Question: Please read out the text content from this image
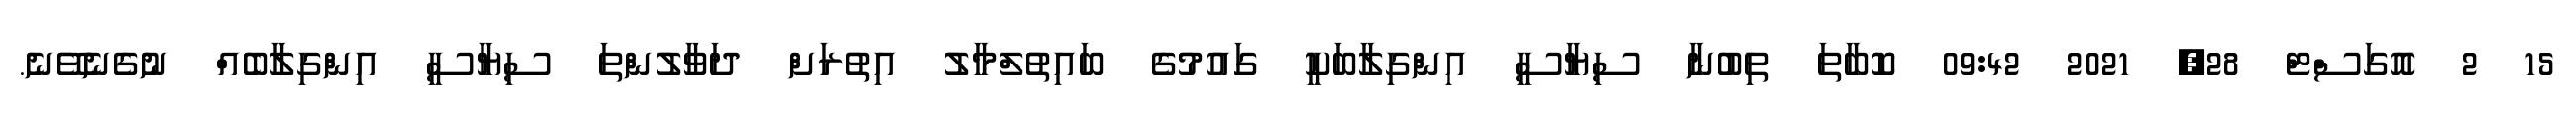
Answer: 15 2 އޮގަސްޓް 28, 2021 09:42 ކޮބާތަ ތިބުނާ ސިޔާސީ އިންގިލާބަކީ ގައުމުގެ ބައިތުލްމާލު އިތުރަށް ދަވާލުންތަ ސިޔާސީ އިންގިލާބެއް ނުގެނެވޭނެ.